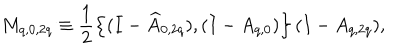
M _ { q , 0 , 2 q } \equiv \frac { 1 } { 2 } \left\{ ( I - \widehat { A } _ { 0 , 2 q } ) , ( I - A _ { q , 0 } ) \right\} ( I - A _ { q , 2 q } ) ,